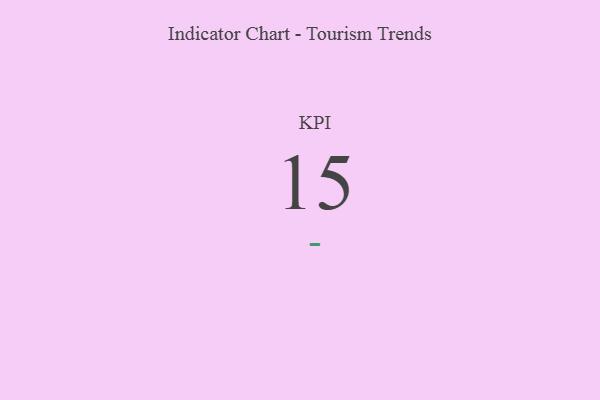
{"axis": {"x": "KPI", "y": "Value"}, "legend": [""], "data": [{"x": "KPI", "y": 15, "type": ""}]}